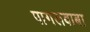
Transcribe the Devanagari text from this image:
पागलबाबा